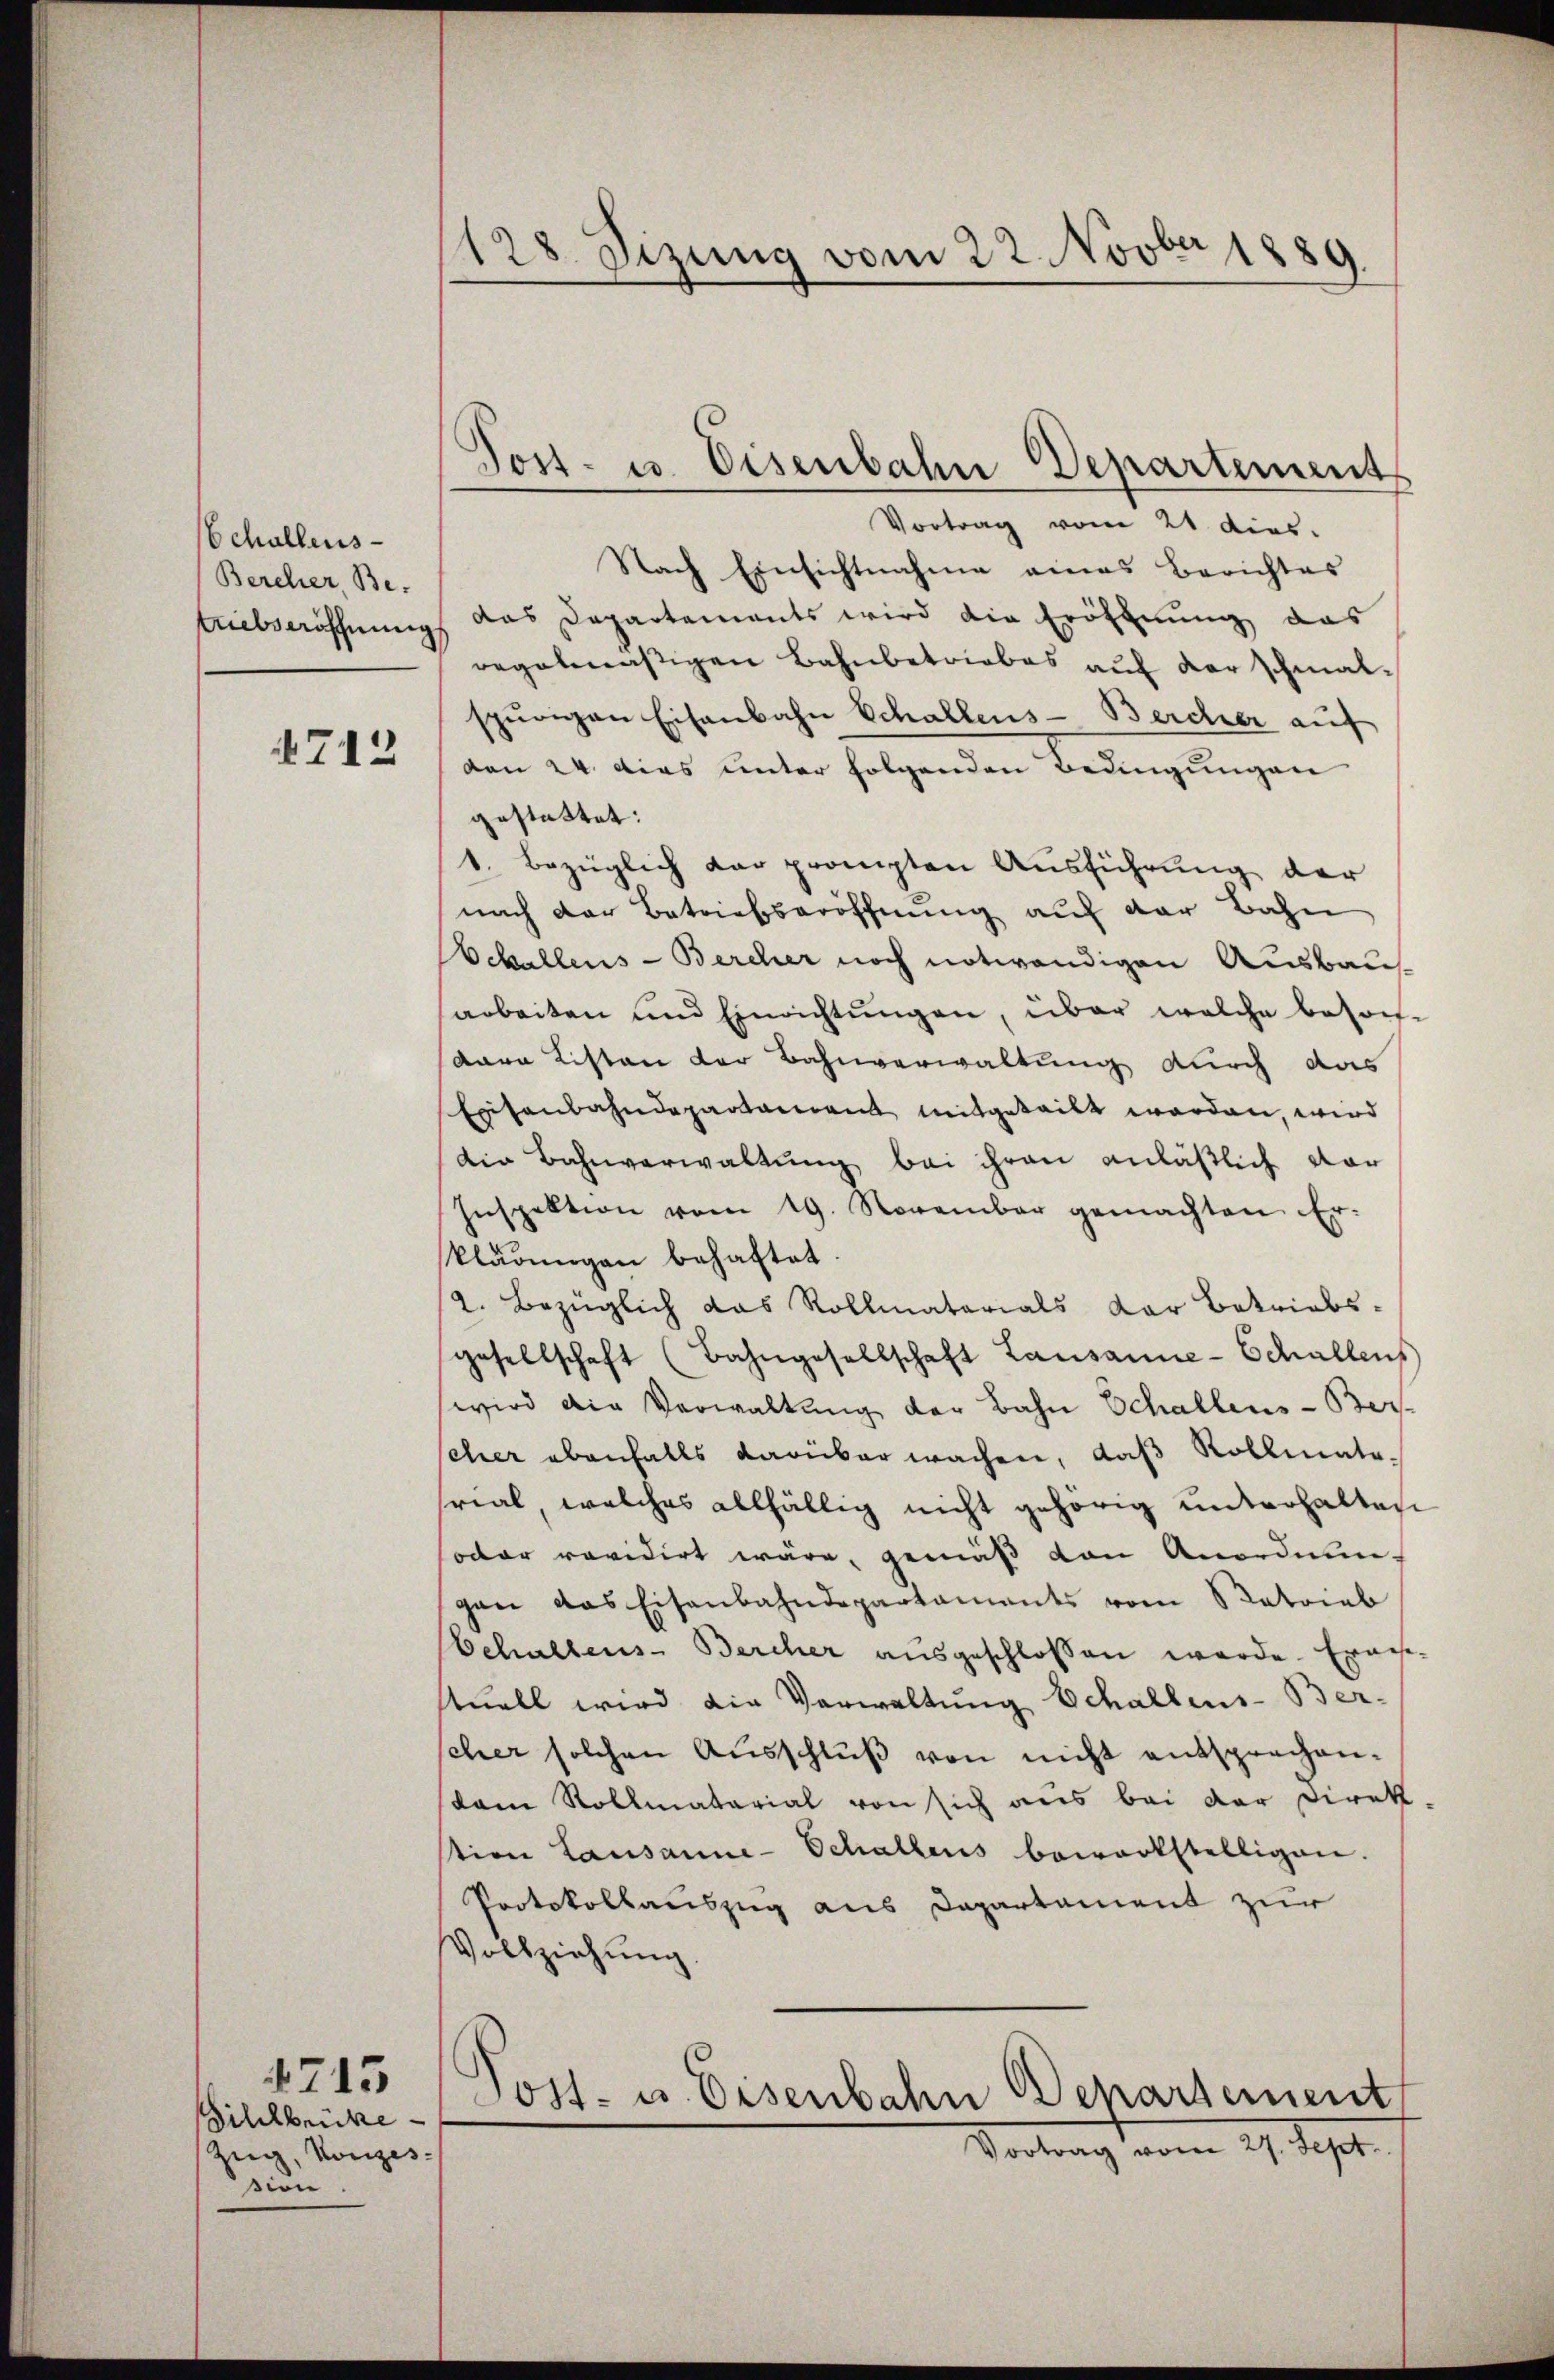
Schallens-
Bercher, Be-
triebseröffnung

712

ihlbrücke
Zug, Konzes,
sion

4715

128. Sitzung vom 22. Novber 1889
.

Dost- u. Eisenbahn Departement

Vortrag vom 21. dies
Nach Einsichtnahme eines Berichtes
das Departements wird die Eröffnung das
regelmäßigen Bahnbetriebes auf der schmal-
spurigen Eisenbahn Schallens-Bercher auf
den 24. dies unter folgenden Bedingungen
gestattet:
1. Bezüglich der prompten Ausführung der
nach der Betriebseröffnung auf der Bahn
challens-Bercher noch notwendigen Ausbaus
arbeiten und Einrichtŭngen, über welche beson-
kara Listen der Bahnverwaltung durch das
Extenbahndepartament mitgeteilt worden, wird
die Bahnverwaltung bei ihren anläßlich dar
Inspektion vom 19. November gemachten Er-
kladungen behaftet
a. Bezüglich das Rollmatorials der Betriebsgesellschaft (Bahngesellschaft Lausanne-Schallens
wird die Verwaltung der Bahn Schallens-Ber-
scher ebenfalls darüber wachen, daß Rollmate-
rial, welches allfällig nicht gehörig unterhalten
oder revidirt wäre, gemäß von Anordnungen das Eisenbahndepartaments vom Retrieb
Schallens-Bercher ausgeschlossen werde. Ernes-
tuell wird die Verwaltung Schallens-Ber-
scher solchen Ausschluß von nicht entsprechenkam Rollmatarial von sich aus bei der Direk-
tion Lausanne-Schallens bewerkstelligen.
Protokollauszug aus Dapartament zur
Vollziehung
Post- u. Eisenbahn Departement
Vortrag vom 27. Sept.